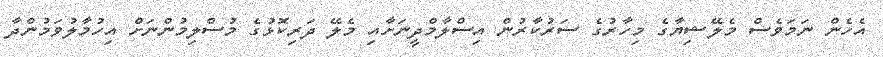
އެހެން ނަމަވެސް މެލޭޝިޔާގެ މިހާރުގެ ސަރުކާރުން އިސްލާމްދީނަށާއި މެލޭ ދަރިކޮޅުގެ މުސްލިމުންނަށް އިހުމާލުވަމުންދާ